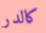
كالدر